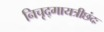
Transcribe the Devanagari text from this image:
निचृद्‌गायत्रीछंदः